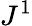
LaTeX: J^{1}